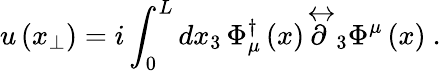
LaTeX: u\left(x_{\perp}\right)=i\int_{0}^{L}dx_{3}\, \Phi_{\mu}^{\dagger}\left(x\right)\stackrel{\leftrightarrow}{\partial}_{3}\Phi^{\mu}\left(x\right)\ .